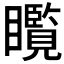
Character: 𱳘